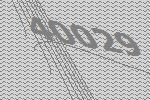
40029